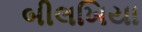
બીલખિયા